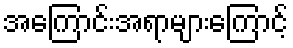
အကြောင်းအရာများကြောင့်